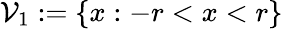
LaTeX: \mathcal{V}_{1}:=\{ x:-r<x<r\}